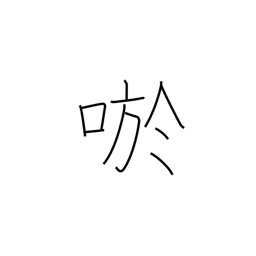
Meaning: smile